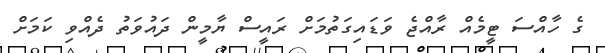
ގެ ހާއްސަ ޓީމެއް ރާއްޖެ ވަޑައިގަތުމަށް ރައީސް ޔާމީން ދައުވަތު ދެއްވި ކަމަށް